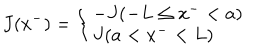
J ( x ^ { - } ) = \left\{ \left\{ \begin{cases} { { - J ( - L \le x ^ { - } < a ) } } \\ { { J ( a < x ^ { - } < L ) } } \\ \end{cases} \right. \right.